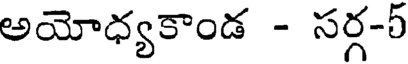
అయోధ్యకాండ - సర్గ-5